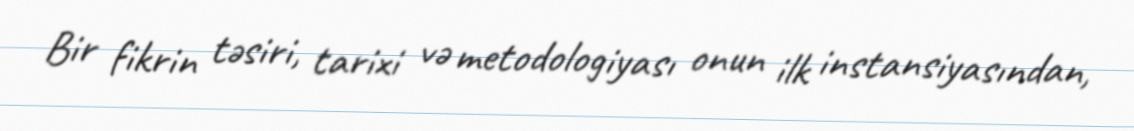
Bir fikrin təsiri, tarixi və metodologiyası onun ilk instansiyasından,